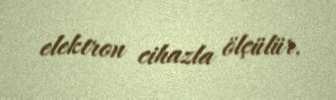
elektron cihazla ölçülür.